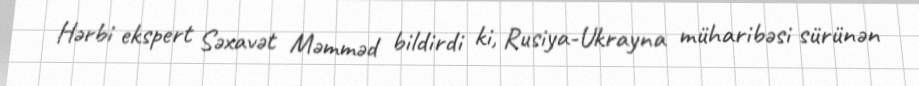
Hərbi ekspert Səxavət Məmməd bildirdi ki, Rusiya-Ukrayna müharibəsi sürünən